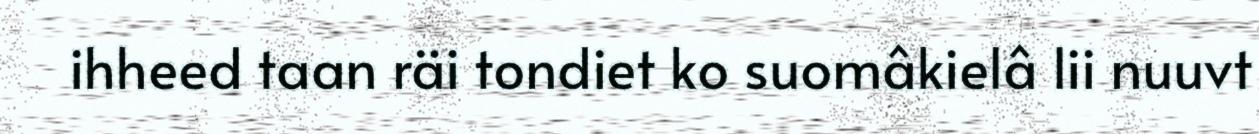
ihheed taan räi tondiet ko suomâkielâ lii nuuvt